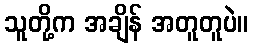
သူတို့က အချိန် အတူတူပဲ။